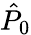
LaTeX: \hat{P}_{0}